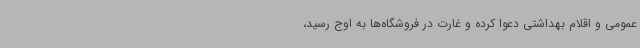
عمومی و اقلام بهداشتی دعوا کرده و غارت در فروشگاه‌ها به اوج رسید،